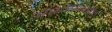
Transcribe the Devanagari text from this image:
अस्वस्थतेत